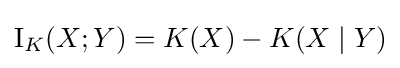
\operatorname {I} _{K}(X;Y)=K(X)-K(X\mid Y)